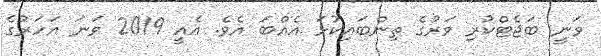
ވަނީ ބަޖެޓްކުރި ވަރުގެ ތިންބައިކުޅަ އެއްބަ އެވެ. އެެއީ 2019 ވަނަ އަހަރުގެ